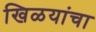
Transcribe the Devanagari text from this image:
खिळयांचा